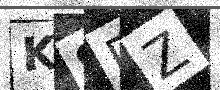
Text: KSDZ